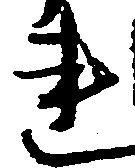
連